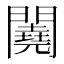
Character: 𨷁